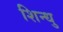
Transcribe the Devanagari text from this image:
शिन्धु